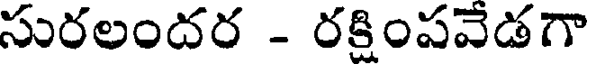
సురలందర - రక్షింపవేడగా